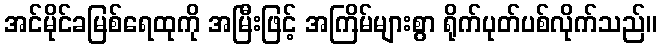
အင်မိုင်ခမြစ်ရေထုကို အမြီးဖြင့် အကြိမ်များစွာ ရိုက်ပုတ်ပစ်လိုက်သည်။